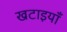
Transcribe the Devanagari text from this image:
खटाइयाँ